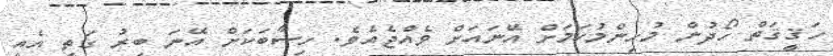
ހަޤީޤަތް ހޯދުން މުހިންމުކަމަށް އޭނައަށް ވެއްޖެއެވެ. ހިސާބަކަށް އޭނަ ބިރު ގަތީ އެއީ